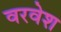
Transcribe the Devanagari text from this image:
वरवेश